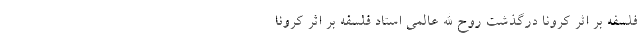
فلسفه بر اثر کرونا درگذشت روح الله عالمی استاد فلسفه بر اثر کرونا